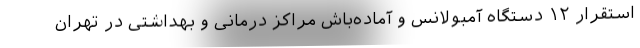
استقرار ۱۲ دستگاه آمبولانس و آماده‌باش مراکز درمانی و بهداشتی در تهران